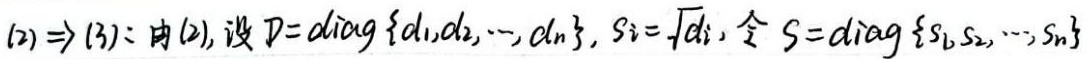
\((2)\Rightarrow(3)\)：由\((2)\)，设\(D = \mathrm{diag}\{d_1,d_2,\cdots,d_n\}\)，\(s_i=\sqrt{d_i}\)，令\(S=\mathrm{diag}\{s_1,s_2,\cdots,s_n\}\)。